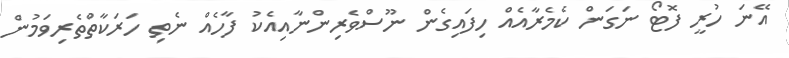
އޭނަ ހުރީ ފޮޓޯ ނަގަން ކެމެރާއެއް ހިފައިގެން ނޫސްވެރިންނާއިއެކު ފާހެއް ނެތި ހަރަކާތްތެރިވަމުން